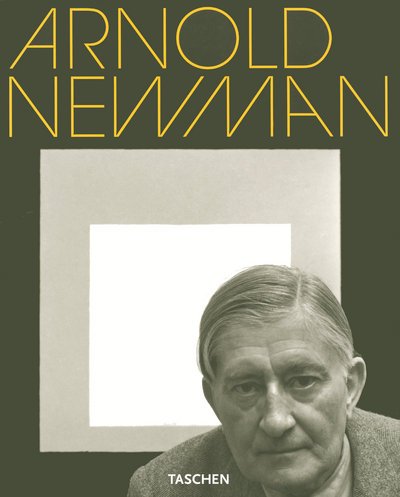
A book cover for Arnold Newman; Philip Brookman; Arts & Photography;